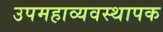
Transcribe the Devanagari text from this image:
उपमहाव्यवस्थापक